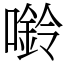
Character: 𫫿